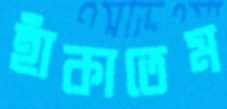
হাঁকাতেম